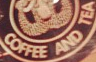
COFFEE AND TEA